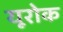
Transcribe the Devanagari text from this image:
यूरोक